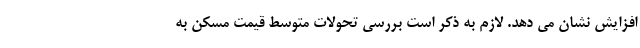
افزايش نشان می دهد. لازم به ذکر است بررسی تحولات متوسط قیمت مسکن به